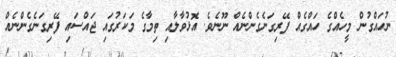
ނުހައްގުން މީހެއްގެ ހައްގެއް ފޭރިގަނެގެންނެއް ނޫނެވެ. އޮޅުވާލާއި ތިމާގެ މަކަރުގައި ޖައްސައި ފޭރިގަނެގެންނެއް